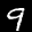
Label: 9